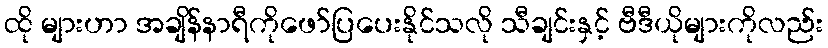
ထို များဟာ အချိန်နာရီကိုဖော်ပြပေးနိုင်သလို သီချင်းနှင့် ဗီဒီယိုများကိုလည်း